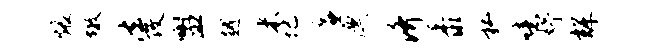
煨墩法改盥越米圮廉漂济黍私噫妤辉